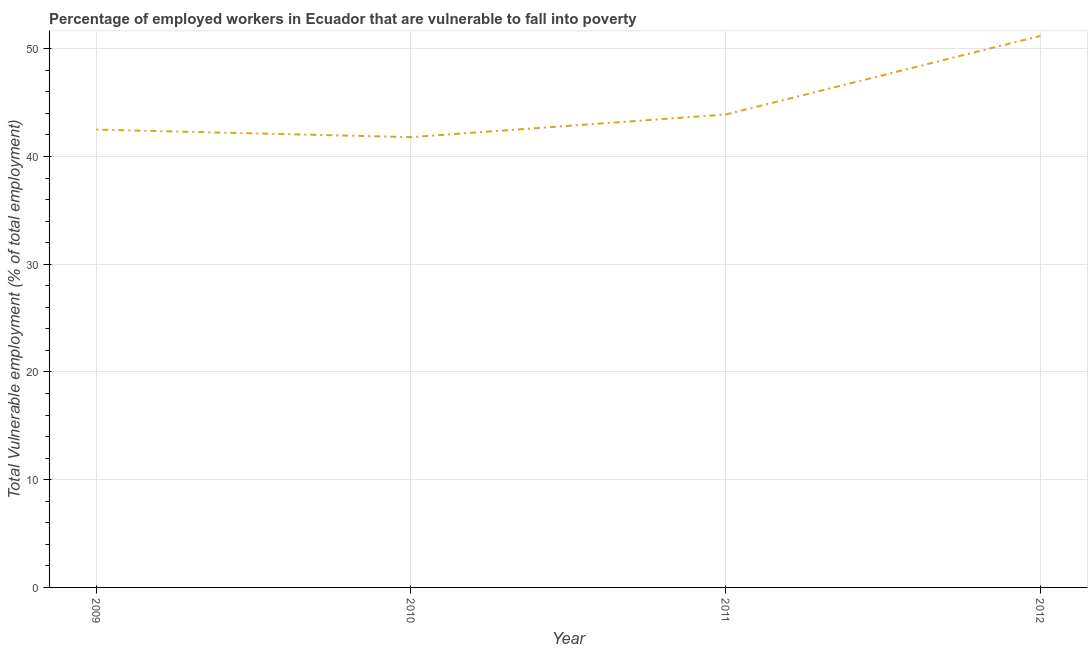
| Year | Vulnerable employment |
 | --- | --- |
 | 2009 | 42.5 |
 | 2010 | 41.8 |
 | 2011 | 43.9 |
 | 2012 | 51.2 |